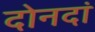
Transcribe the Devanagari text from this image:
दोनदां